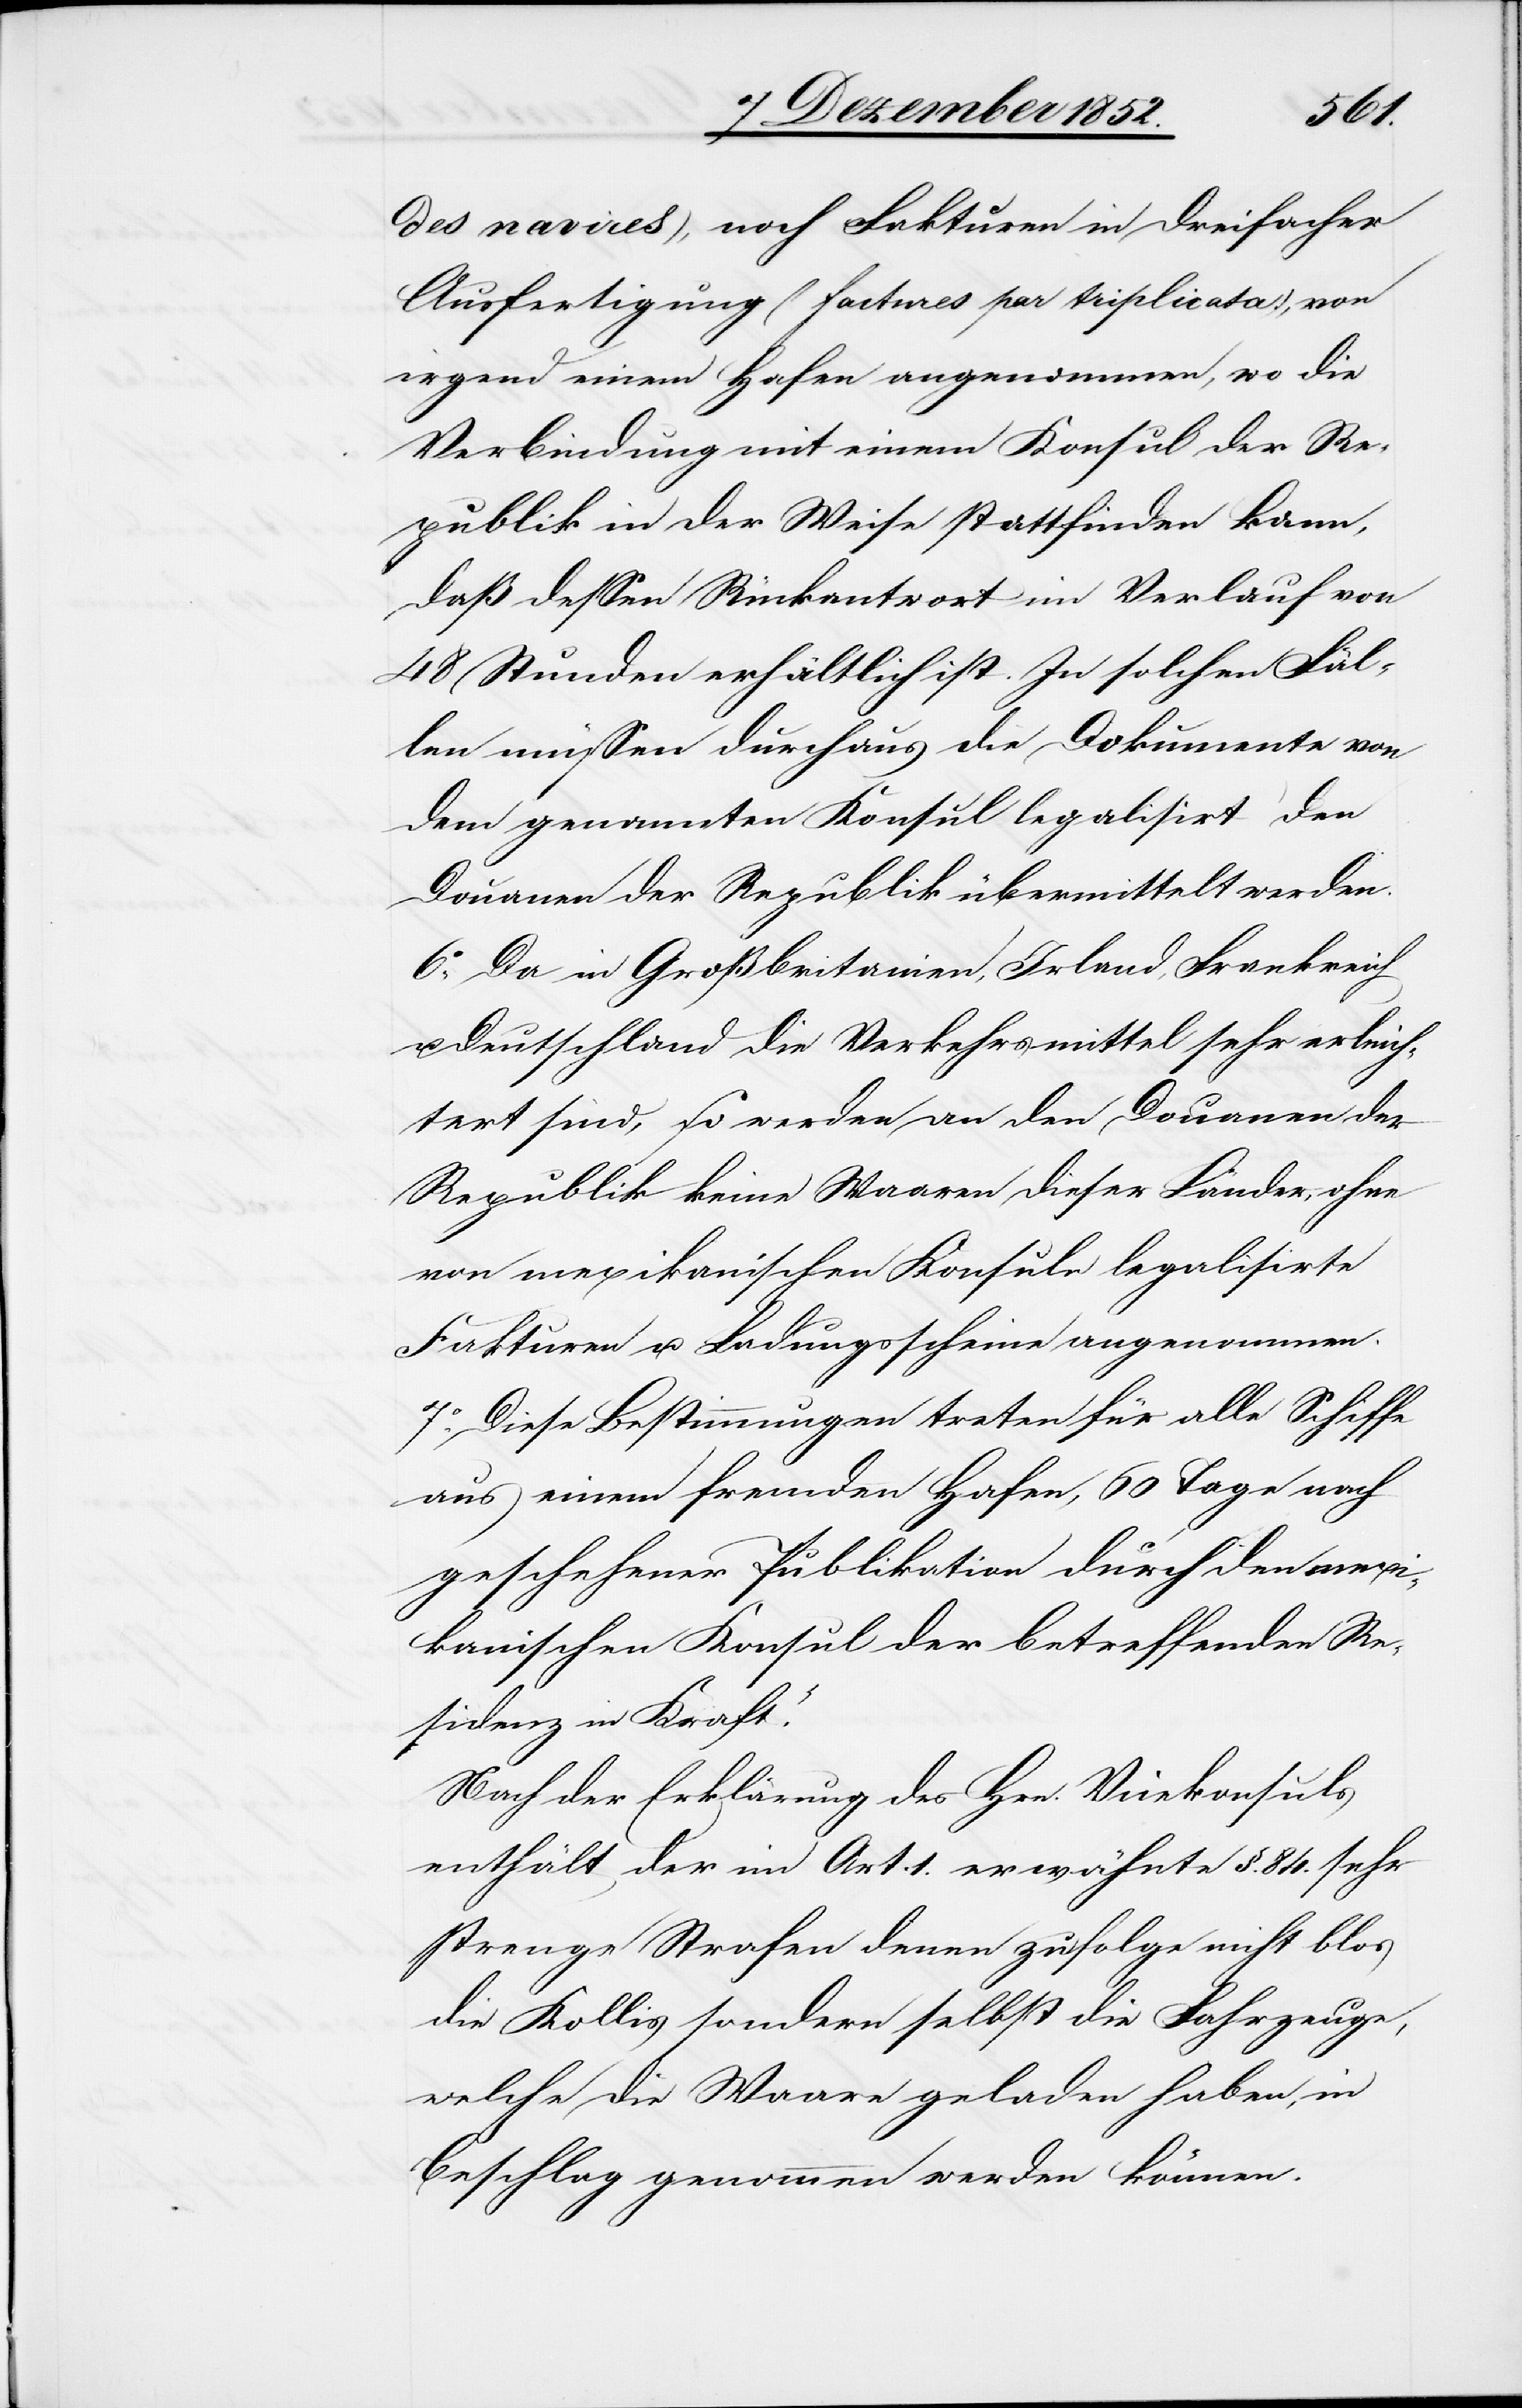
des navires), noch Fakturen in dreifacher
Ausfertigung (factures par triplicata), von
irgend einem Hafen angenommen, wo die
Verbindung mit einem Konsul der Re¬
publik in der Weise stattfinden kann,
daß dessen Rückantwort im Verlauf von
48 Stunden erhältlich ist. In solchen Fäl¬
len müssen durchaus die Dokumente von
dem genannten Konsul legalisirt den
Douanen der Republik übermittelt werden.
6o, Da in Großbritanien, Irland, Frankreich
u. Deutschland die Verkehrsmittel sehr erleich¬
tert sind, so werden an den Douanen der
Republik keine Waaren dieser Länder, ohne
von mexikanischen Konsuln legalisirte
Fakturen u. Ladungsscheine angenommen.
7o, Diese Bestimmungen treten für alle Schiffe
aus einem fremden Hafen, 60 Tage nach
geschehener Publikation durch den mexi¬
kanischen Konsul der betreffenden Re¬
sidenz in Kraft.“
Nach der Erklärung des Hrn. Vicekonsuls
enthält der im Art. 1. erwähnte §. 84. sehr
strenge Strafen denen zufolge nicht blos
die Kollis sondern selbst die Fahrzeuge,
welche die Waare geladen haben, in
Beschlag genommen werden können.